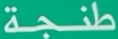
طنجة